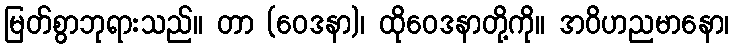
မြတ်စွာဘုရားသည်။ တာ (ဝေဒနာ)၊ ထိုဝေဒနာတို့ကို။ အဝိဟညမာနော၊